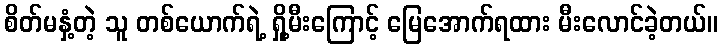
စိတ်မနှံ့တဲ့ သူ တစ်ယောက်ရဲ့ ရှို့မီးကြောင့် မြေအောက်ရထား မီးလောင်ခဲ့တယ်။